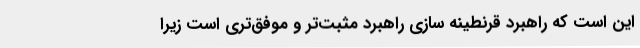
این است که راهبرد قرنطینه سازی راهبرد مثبت‌تر و موفق‌تری است زیرا